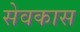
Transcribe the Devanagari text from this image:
सेवकास